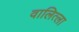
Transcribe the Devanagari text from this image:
वालित्ला